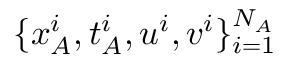
\{ x _ { A } ^ { i } , t _ { A } ^ { i } , u ^ { i } , v ^ { i } \} _ { i = 1 } ^ { N _ { A } }